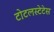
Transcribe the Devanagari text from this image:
टोटलस्टेटेस